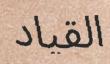
القياد